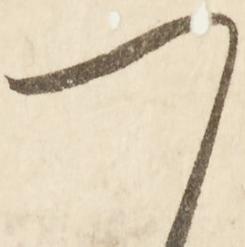
つ